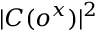
| C ( o ^ { x } ) | ^ { 2 }